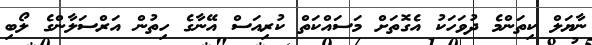
ނާޔަލް ކިތަންމެ ދުވަހަކު އެގޮތަށް މަސައްކަތް ކުރިއަސް އޭނާގެ ހިތުން އަރްސަލާންގެ ލޯބި